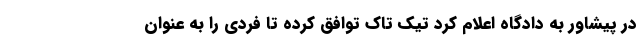
در پیشاور به دادگاه اعلام کرد تیک تاک توافق کرده تا فردی را به عنوان